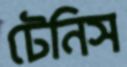
টেনিস